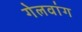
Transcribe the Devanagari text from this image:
गेलवांग